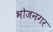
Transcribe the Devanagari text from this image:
भोजनगर